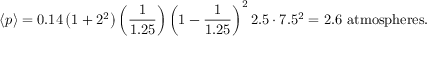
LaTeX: { \langle p \rangle } = 0 . 1 4 \left( 1 + 2 ^ { 2 } \right) \left( { \frac { 1 } { 1 . 2 5 } } \right) \left( 1 - { \frac { 1 } { 1 . 2 5 } } \right) ^ { 2 } 2 . 5 \cdot 7 . 5 ^ { 2 } = 2 . 6 { \mathrm { ~ a t m o s p h e r e s } } .